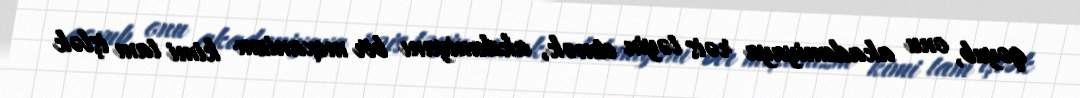
qoyub, onu akademiyaya rəis təyin etmək, akdemiyanı bir mexanizm kimi tam işlək